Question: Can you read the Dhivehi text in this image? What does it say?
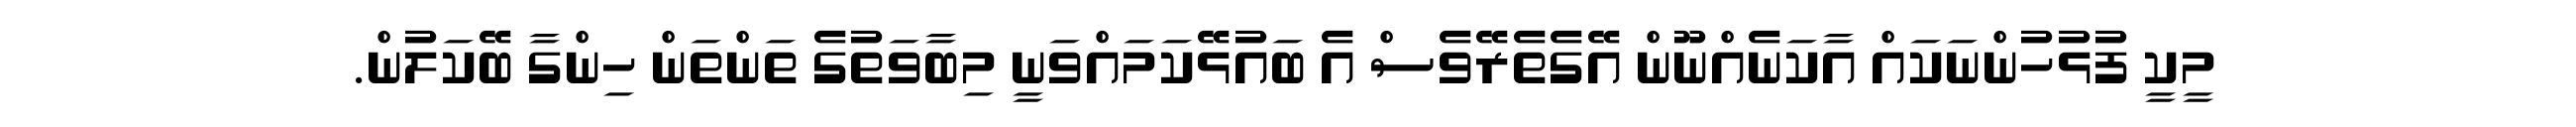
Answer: މީކީ ފުޅުހުންނަކައް އާކަނެއްނޫން އޭގެތެރޭވެސް އެ ބައުޅޭކަމައްވަނީ މިބާވަތުގެ ތަންތަން ހިންގާ ބޭކަލުން.